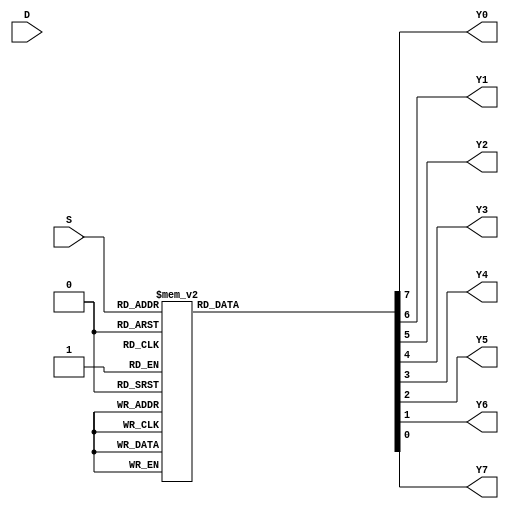
module demux_1to8_beh(input D,input [2:0] S,output Y0,Y1,Y2,Y3,Y4,Y5,Y6,Y7);
always @(*) begin
	case({S[2],S[1],S[0]})
		3'b000 : { Y0,Y1,Y2,Y3,Y4,Y5,Y6,Y7} = 8'b00000001;
	        3'b001 : { Y0,Y1,Y2,Y3,Y4,Y5,Y6,Y7} = 8'b00000010;
		3'b010 : { Y0,Y1,Y2,Y3,Y4,Y5,Y6,Y7} = 8'b00000100;
		3'b011 : { Y0,Y1,Y2,Y3,Y4,Y5,Y6,Y7} = 8'b00001000;
		3'b100 : { Y0,Y1,Y2,Y3,Y4,Y5,Y6,Y7} = 8'b00010000;
		3'b101 : { Y0,Y1,Y2,Y3,Y4,Y5,Y6,Y7} = 8'b00100000;
		3'b110 : { Y0,Y1,Y2,Y3,Y4,Y5,Y6,Y7} = 8'b01000000;
		3'b111 : { Y0,Y1,Y2,Y3,Y4,Y5,Y6,Y7} = 8'b10000000;
		default:
			{ Y0,Y1,Y2,Y3,Y4,Y5,Y6,Y7} = 8'b00000000;
	endcase
end
endmodule